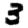
Digit: 3